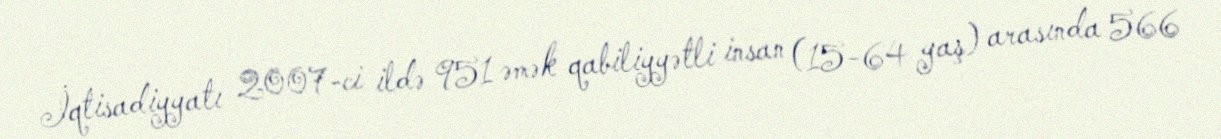
İqtisadiyyatı 2007-ci ildə 951 əmək qabiliyyətli insan (15-64 yaş) arasında 566